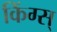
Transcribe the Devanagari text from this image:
किंग्स्